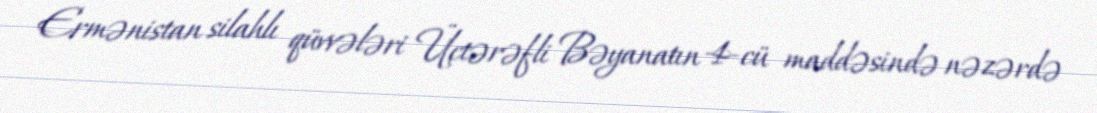
Ermənistan silahlı qüvvələri Üçtərəfli Bəyanatın 4-cü maddəsində nəzərdə